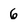
Character: 6